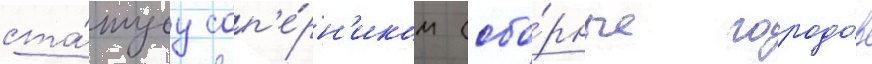
ста́тусу соп'е́рн'иком (сбо́рные городо́в